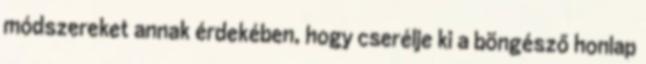
módszereket annak érdekében, hogy cserélje ki a böngésző honlap